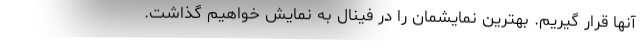
آنها قرار گیریم. بهترین نمایشمان را در فینال به نمایش خواهیم گذاشت.